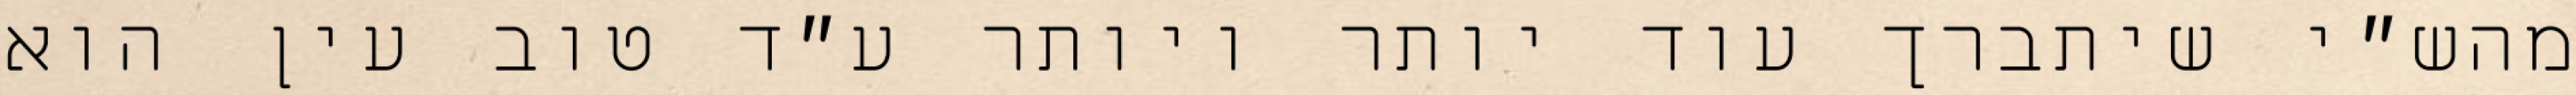
מהש״י שיתברך עוד יותר ויותר ע״ד טוב עין הוא